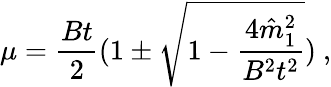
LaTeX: \mu=\frac{Bt}{2}(1\pm\sqrt{1-\frac{4\hat{m}_{1}^{2}}{B^{2}t^{2}}})\ ,